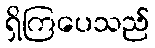
ရှိကြပေသည်